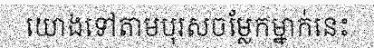
យោងទៅតាមបុរសចម្លែកម្នាក់នេះ